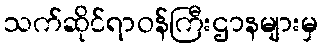
သက်ဆိုင်ရာဝန်ကြီးဌာနများမှ